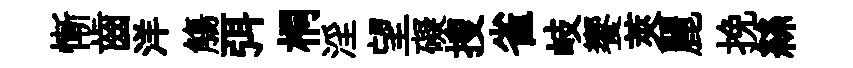
慚齒洋觴弭桐淫望礙搜雀岐饗莢麗挽絲